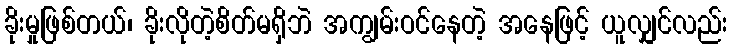
ခိုးမှုဖြစ်တယ်၊ ခိုးလိုတဲ့စိတ်မရှိဘဲ အကျွမ်းဝင်နေတဲ့ အနေဖြင့် ယူလျှင်လည်း